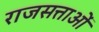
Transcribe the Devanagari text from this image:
राजसत्ताओं